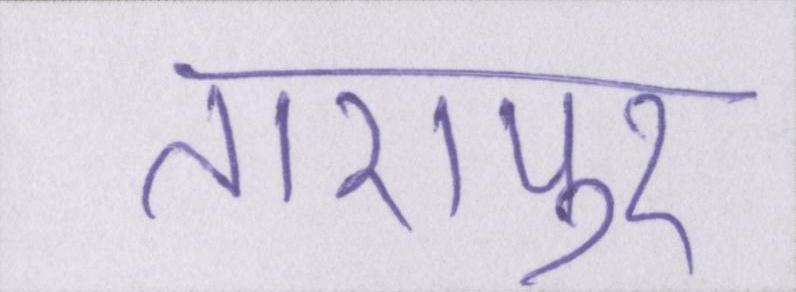
तारापुर